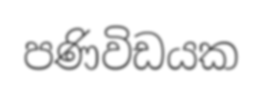
පණිවිඩයක